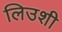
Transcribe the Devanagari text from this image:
लिउशी